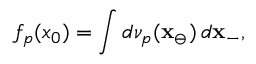
f _ { p } ( x _ { 0 } ) = \int d \nu _ { p } ( \mathbf { x } _ { \ominus } ) \, d \mathbf { x } _ { - } ,